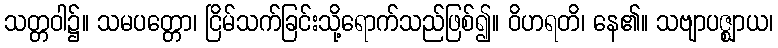
သတ္တဝါ၌။ သမပတ္တော၊ ငြိမ်သက်ခြင်းသို့ရောက်သည်ဖြစ်၍။ ဝိဟရတိ၊ နေ၏။ သဗျာပဇ္ဈာယ၊